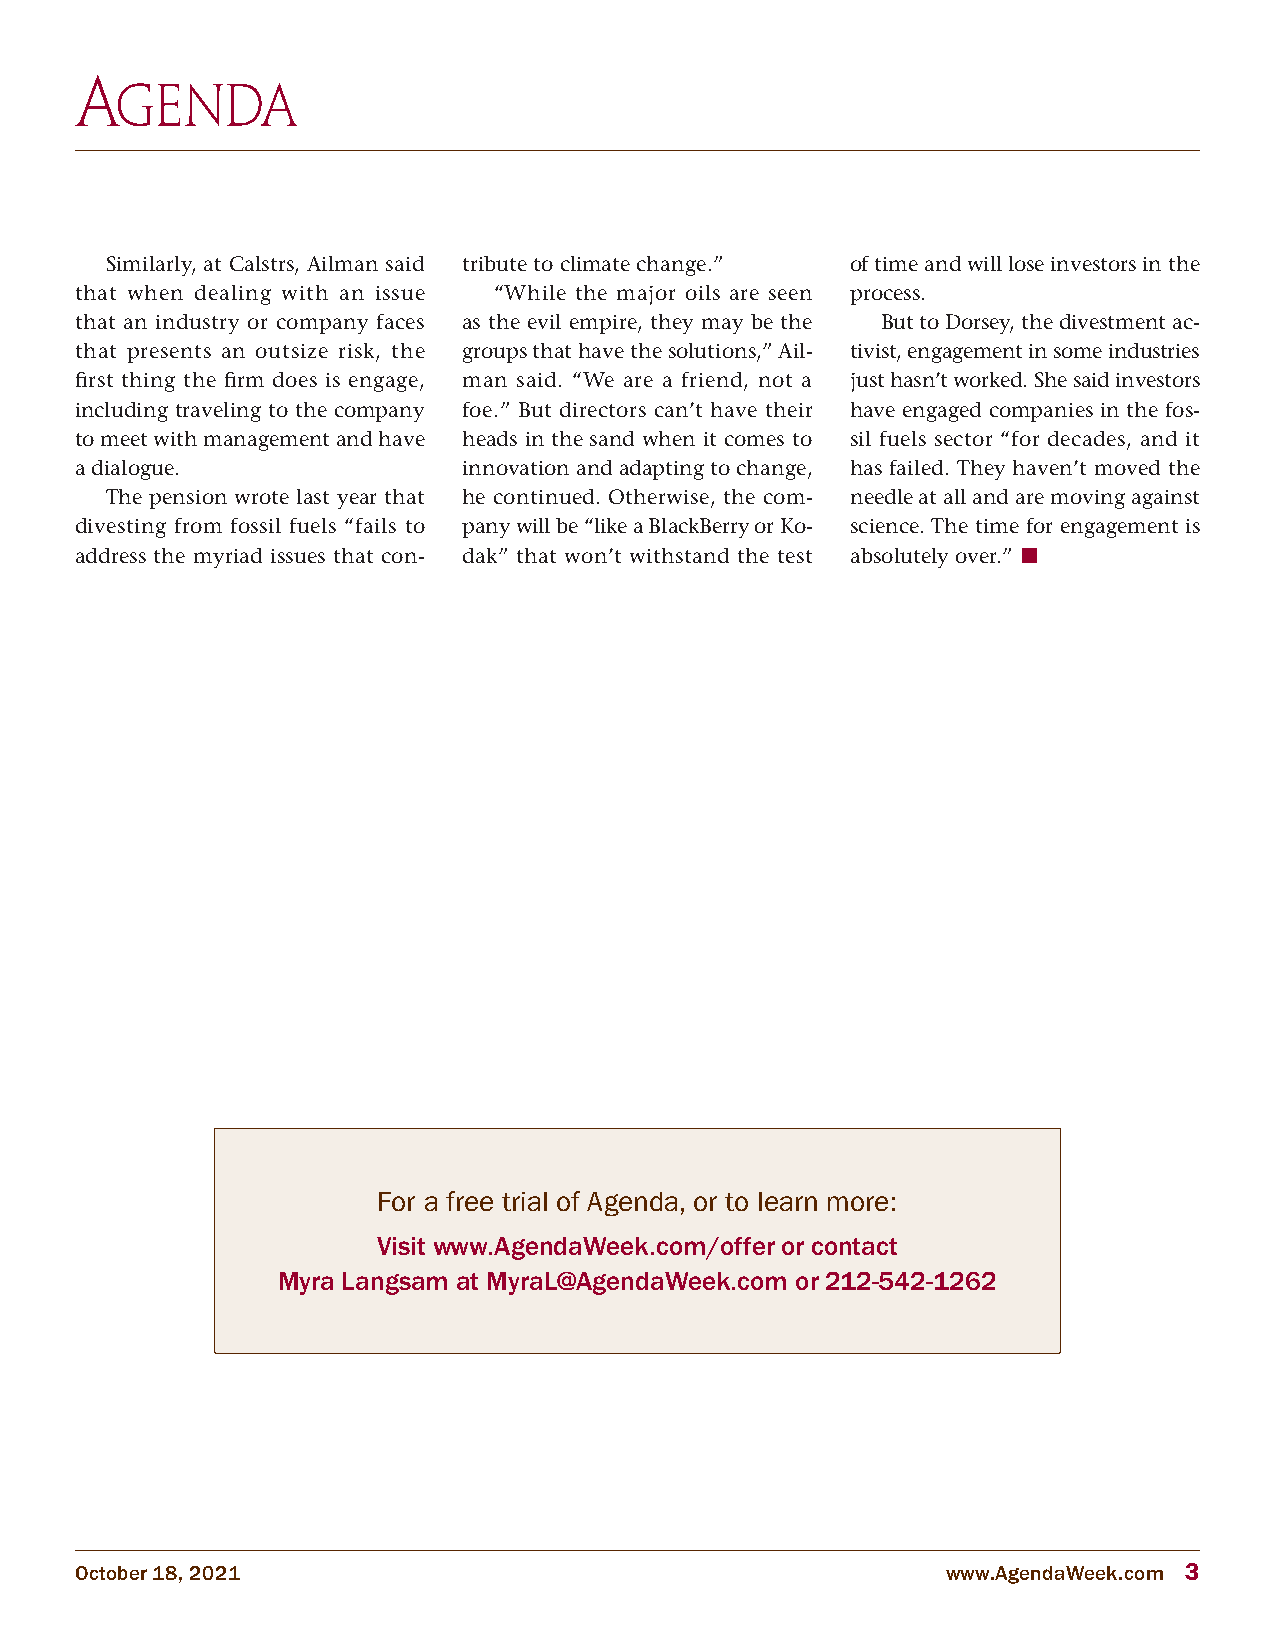
Similarly, at Calstrs, Ailman said tribute to climate change.” of time and will lose investors in the
 that when dealing with an issue “While the major oils are seen process.
 that an industry or company faces as the evil empire, they may be the But to Dorsey, the divestment ac-
 that presents an outsize risk, the groups that have the solutions,” Ail- tivist, engagement in some industries
 first thing the firm does is engage, man said. “We are a friend, not a just hasn’t worked. She said investors
 including traveling to the company foe.” But directors can’t have their have engaged companies in the fos-
 to meet with management and have heads in the sand when it comes to sil fuels sector “for decades, and it
 a dialogue.               innovation and adapting to change, has failed. They haven’t moved the
 The pension wrote last year that he continued. Otherwise, the com- needle at all and are moving against
 divesting from fossil fuels “fails to pany will be “like a BlackBerry or Ko- science. The time for engagement is
 address the myriad issues that con- dak” that won’t withstand the test absolutely over.” g
 For a free trial of Agenda, or to learn more:
 Visit www.AgendaWeek.com/offer or contact
 Myra Langsam at MyraL@AgendaWeek.com or 212-542-1262
 October 18, 2021                                          www.AgendaWeek.com 3